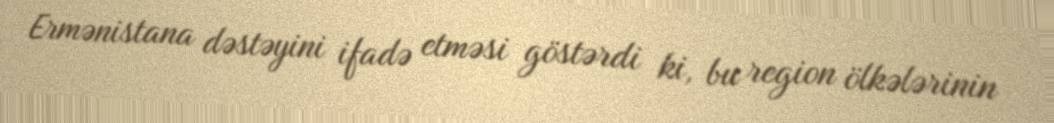
Ermənistana dəstəyini ifadə etməsi göstərdi ki, bu region ölkələrinin